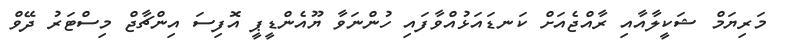
މަރިޔަމް ޝަކީލާއާއި ރާއްޖެއަށް ކަނޑައަޅުއްވާފައި ހުންނަވާ ޔޫއެންޑީޕީ އޮފިސަ އިންޗާޖް މިސްޓަރު ދޭވް